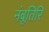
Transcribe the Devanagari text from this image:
नंबूतिरि